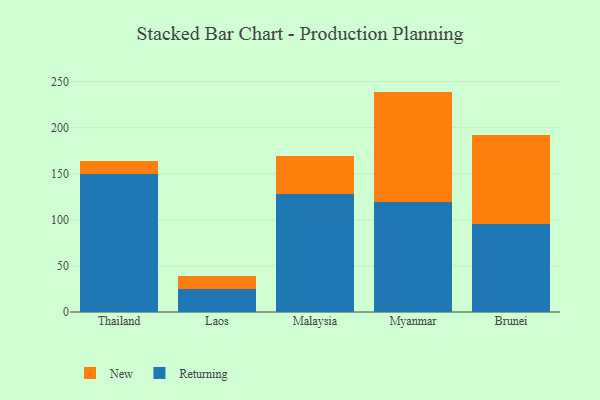
{"axis": {"x": "Country", "y": "Satisfaction Score"}, "legend": ["New", "Returning"], "data": [{"x": "Thailand", "y": 149.7, "type": "Returning"}, {"x": "Thailand", "y": 13.8, "type": "New"}, {"x": "Laos", "y": 25.1, "type": "Returning"}, {"x": "Laos", "y": 14.0, "type": "New"}, {"x": "Malaysia", "y": 127.8, "type": "Returning"}, {"x": "Malaysia", "y": 42.0, "type": "New"}, {"x": "Myanmar", "y": 119.3, "type": "Returning"}, {"x": "Myanmar", "y": 119.9, "type": "New"}, {"x": "Brunei", "y": 95.8, "type": "Returning"}, {"x": "Brunei", "y": 95.9, "type": "New"}]}